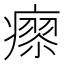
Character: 𤹭